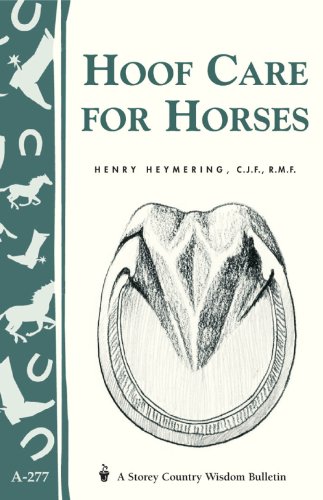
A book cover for Hoof Care for Horses: (Storey's Country Wisdom Bulletin A-277) (Storey Country Wisdom Bulletin); Henry Heymering C.J.F.  R.M.F.; Medical Books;